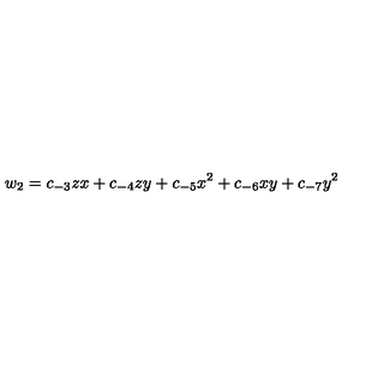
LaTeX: w _ { 2 } = c _ { - 3 } z x + c _ { - 4 } z y + c _ { - 5 } x ^ { 2 } + c _ { - 6 } x y + c _ { - 7 } y ^ { 2 }